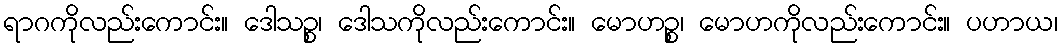
ရာဂကိုလည်းကောင်း။ ဒေါသဉ္စ၊ ဒေါသကိုလည်းကောင်း။ မောဟဉ္စ၊ မောဟကိုလည်းကောင်း။ ပဟာယ၊